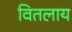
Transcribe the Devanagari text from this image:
वितलाय